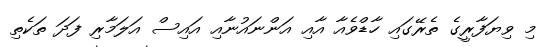
މި ވިޔަފާރީގެ ތެރޭގައި ހާޑްވެއާ އާއި އަންނައުނާއި އައިސް އަލަމާރި ފަދަ ތަކެތި